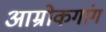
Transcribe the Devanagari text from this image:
आम्रोकगांग